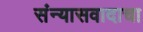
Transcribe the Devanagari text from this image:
संन्यासवादाचा